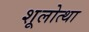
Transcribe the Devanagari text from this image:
शूलोत्था